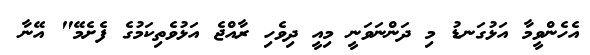
އެހެންވީމާ އަޅުގަނޑު މި ދަންނަވަނީ މިއީ ދިވެހި ރާއްޖެ އަޅުވެތިކަމުގެ ފެށެމޭ" އޭނާ